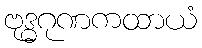
ဗုဒ္ဓဂုဏကထာယံ